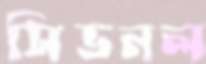
সিভনল